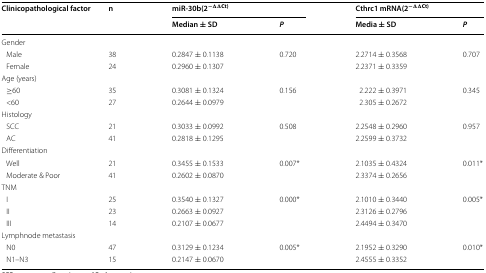
<table><thead><tr><td rowspan="2"><b>Clinicopathological factor</b></td><td rowspan="2"><b>n</b></td><td colspan="2"><b>miR-30b(2<sup>−ΔΔCt)</sup></b></td><td colspan="2"><b>Cthrc1 mRNA(2<sup>−ΔΔCt)</sup></b></td></tr><tr><td><b>Median ± SD</b></td><td><b><i>P</i></b></td><td><b>Media ± SD</b></td><td><b><i>P</i></b></td></tr></thead><tbody><tr><td colspan="6">Gender</td></tr><tr><td> Male</td><td>38</td><td>0.2847 ± 0.1138</td><td>0.720</td><td>2.2714 ± 0.3568</td><td>0.707</td></tr><tr><td> Female</td><td>24</td><td>0.2960 ± 0.1307</td><td></td><td>2.2371 ± 0.3359</td><td></td></tr><tr><td colspan="6">Age (years)</td></tr><tr><td> ≥60</td><td>35</td><td>0.3081 ± 0.1324</td><td>0.156</td><td>2.222 ± 0.3971</td><td>0.345</td></tr><tr><td> &lt;60</td><td>27</td><td>0.2644 ± 0.0979</td><td></td><td>2.305 ± 0.2672</td><td></td></tr><tr><td colspan="6">Histology</td></tr><tr><td> SCC</td><td>21</td><td>0.3033 ± 0.0992</td><td>0.508</td><td>2.2548 ± 0.2960</td><td>0.957</td></tr><tr><td> AC</td><td>41</td><td>0.2818 ± 0.1295</td><td></td><td>2.2599 ± 0.3732</td><td></td></tr><tr><td colspan="6">Differentiation</td></tr><tr><td> Well</td><td>21</td><td>0.3455 ± 0.1533</td><td>0.007*</td><td>2.1035 ± 0.4324</td><td>0.011*</td></tr><tr><td> Moderate &amp; Poor</td><td>41</td><td>0.2602 ± 0.0870</td><td></td><td>2.3374 ± 0.2656</td><td></td></tr><tr><td colspan="6">TNM</td></tr><tr><td> I</td><td>25</td><td>0.3540 ± 0.1327</td><td>0.000*</td><td>2.1010 ± 0.3440</td><td>0.005*</td></tr><tr><td> II</td><td>23</td><td>0.2663 ± 0.0927</td><td></td><td>2.3126 ± 0.2796</td><td></td></tr><tr><td> III</td><td>14</td><td>0.2107 ± 0.0677</td><td></td><td>2.4494 ± 0.3470</td><td></td></tr><tr><td colspan="6">Lymphnode metastasis</td></tr><tr><td> N0</td><td>47</td><td>0.3129 ± 0.1234</td><td>0.005*</td><td>2.1952 ± 0.3290</td><td>0.010*</td></tr><tr><td> N1–N3</td><td>15</td><td>0.2147 ± 0.0670</td><td></td><td>2.4555 ± 0.3352</td><td></td></tr></tbody></table>